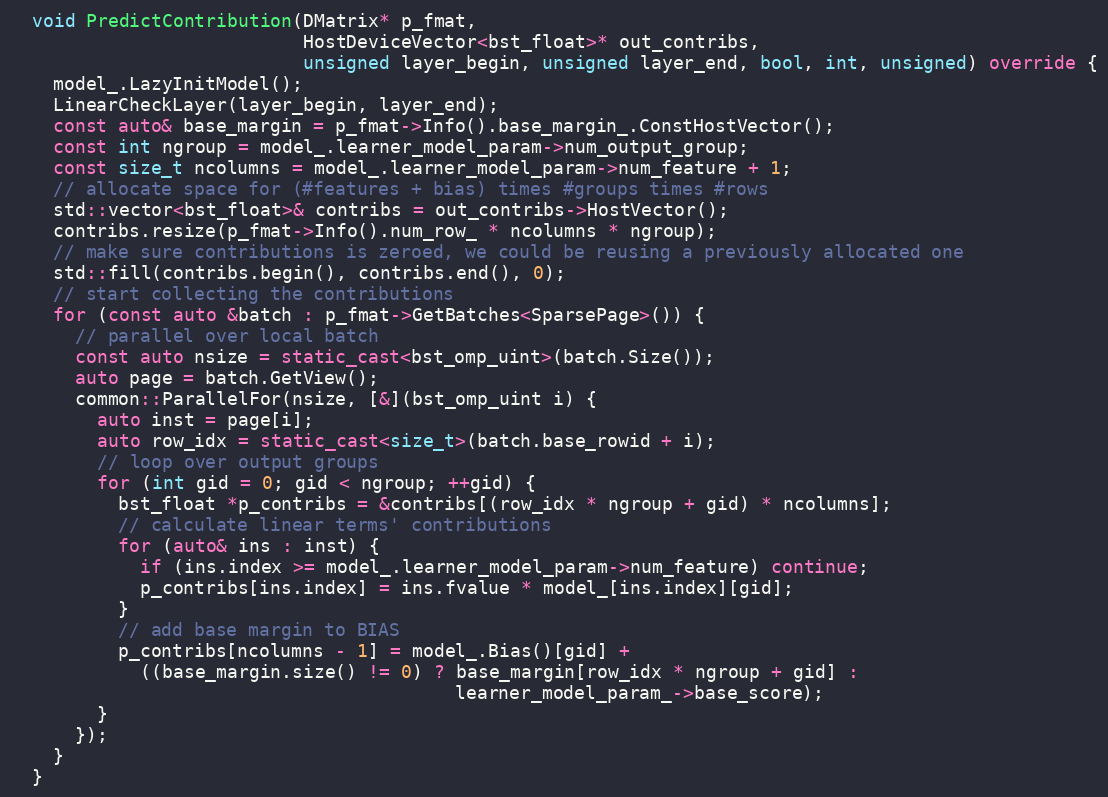
Language: C++
  void PredictContribution(DMatrix* p_fmat,
                           HostDeviceVector<bst_float>* out_contribs,
                           unsigned layer_begin, unsigned layer_end, bool, int, unsigned) override {
    model_.LazyInitModel();
    LinearCheckLayer(layer_begin, layer_end);
    const auto& base_margin = p_fmat->Info().base_margin_.ConstHostVector();
    const int ngroup = model_.learner_model_param->num_output_group;
    const size_t ncolumns = model_.learner_model_param->num_feature + 1;
    // allocate space for (#features + bias) times #groups times #rows
    std::vector<bst_float>& contribs = out_contribs->HostVector();
    contribs.resize(p_fmat->Info().num_row_ * ncolumns * ngroup);
    // make sure contributions is zeroed, we could be reusing a previously allocated one
    std::fill(contribs.begin(), contribs.end(), 0);
    // start collecting the contributions
    for (const auto &batch : p_fmat->GetBatches<SparsePage>()) {
      // parallel over local batch
      const auto nsize = static_cast<bst_omp_uint>(batch.Size());
      auto page = batch.GetView();
      common::ParallelFor(nsize, [&](bst_omp_uint i) {
        auto inst = page[i];
        auto row_idx = static_cast<size_t>(batch.base_rowid + i);
        // loop over output groups
        for (int gid = 0; gid < ngroup; ++gid) {
          bst_float *p_contribs = &contribs[(row_idx * ngroup + gid) * ncolumns];
          // calculate linear terms' contributions
          for (auto& ins : inst) {
            if (ins.index >= model_.learner_model_param->num_feature) continue;
            p_contribs[ins.index] = ins.fvalue * model_[ins.index][gid];
          }
          // add base margin to BIAS
          p_contribs[ncolumns - 1] = model_.Bias()[gid] +
            ((base_margin.size() != 0) ? base_margin[row_idx * ngroup + gid] :
                                         learner_model_param_->base_score);
        }
      });
    }
  }